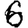
Digit: 6